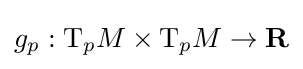
g_{p}:\mathrm {T} _{p}M\times \mathrm {T} _{p}M\to \mathbf {R}